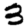
Digit: 3